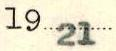
1921